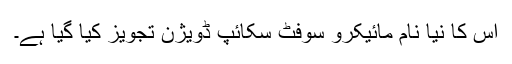
اس کا نیا نام مائیکرو سوفٹ سکائپ ڈویژن تجویز کیا گیا ہے۔